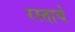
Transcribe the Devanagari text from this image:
रस्ताचे